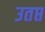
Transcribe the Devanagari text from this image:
उतप्त